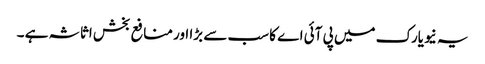
یہ نیویارک میں پی آئی اے کا سب سے بڑا اور منافع بخش اثاثہ ہے ۔